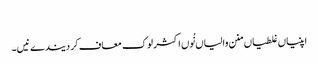
‏
اپنیاں غلطیاں منن والیاں نُوں اکثر لوک معاف کر دیندے نیں۔